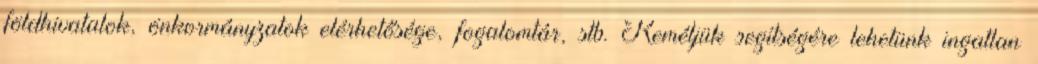
földhivatalok, önkormányzatok elérhetősége, fogalomtár, stb. Reméljük segítségére lehetünk ingatlan